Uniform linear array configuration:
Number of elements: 12
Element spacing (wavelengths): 0.25
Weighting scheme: exponential
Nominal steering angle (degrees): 15
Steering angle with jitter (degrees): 13.657
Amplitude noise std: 0.05
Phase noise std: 0.05

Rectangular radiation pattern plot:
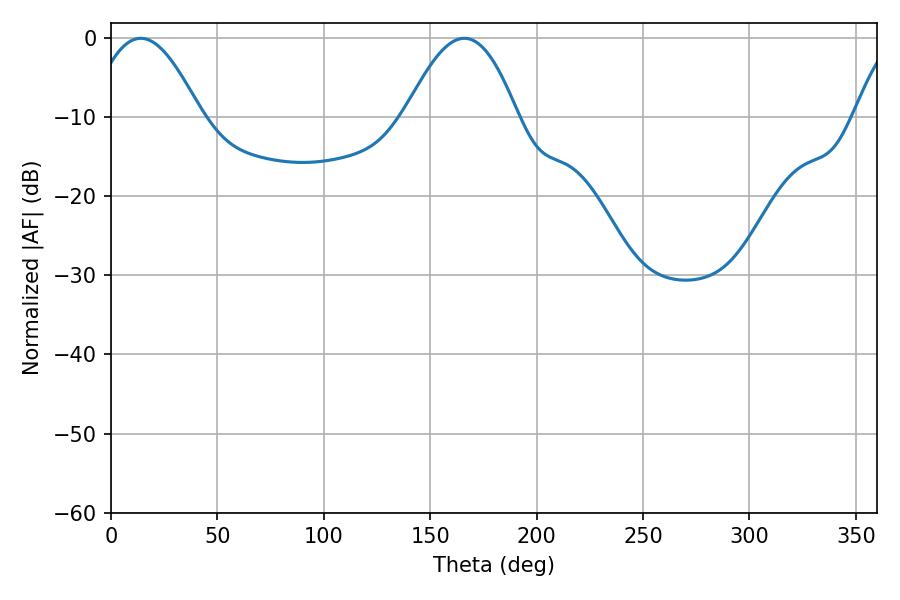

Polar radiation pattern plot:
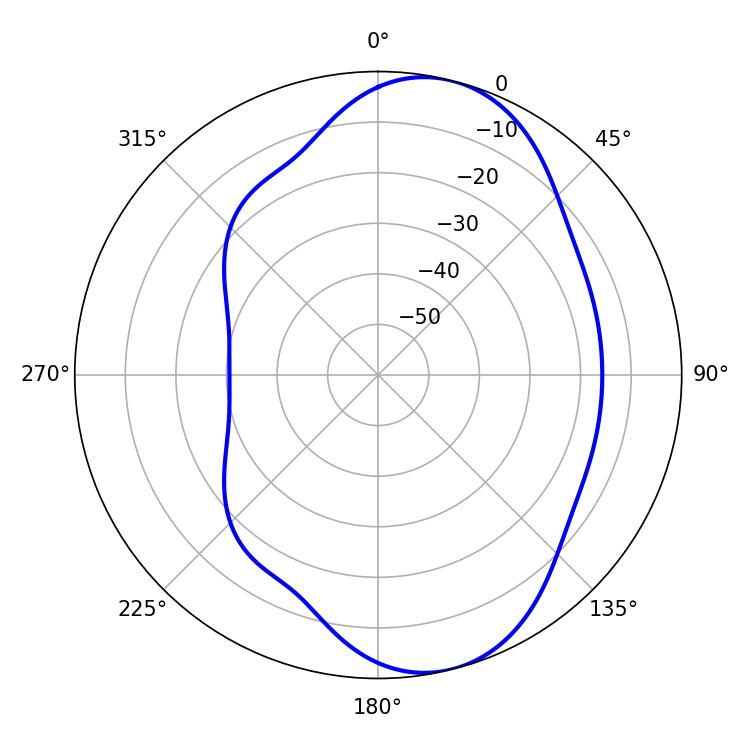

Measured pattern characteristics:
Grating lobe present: FALSE
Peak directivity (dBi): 8.135
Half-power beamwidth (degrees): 28.62
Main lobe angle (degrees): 14.04